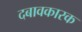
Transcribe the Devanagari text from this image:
दबावकारक